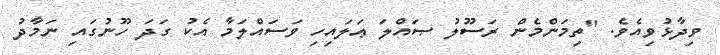
ވިދާޅުވިއެވެ. "ތިމަންމެން ރަސޫލު ޞައްލަ ޢަލައިހި ވަސައްލަމާ އެކު ގަދަ ހޫނުގައި ނަމާދު